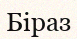
Біраз